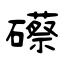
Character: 礤